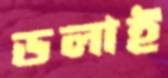
ডলাই